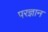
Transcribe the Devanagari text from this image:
परज्ञान